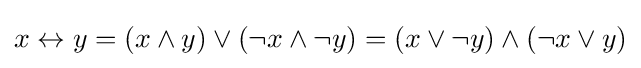
{\textstyle x\leftrightarrow y=(x\land y)\lor (\neg x\land \neg y)=(x\lor \neg y)\land (\neg x\lor y)}